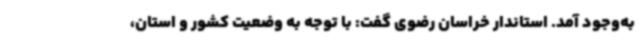
به‌وجود آمد. استاندار خراسان رضوی گفت: با توجه به وضعیت کشور و استان،